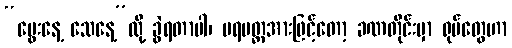
“မွေးနေ့ သေနေ့”လို့ ခွဲရတာပါ၊ ပရမတ္ထအားဖြင့်တော့ ခဏတိုင်းမှာ ရုပ်တွေဟာ